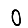
Digit: 0